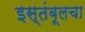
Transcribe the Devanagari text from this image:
इस्तंबूलचा